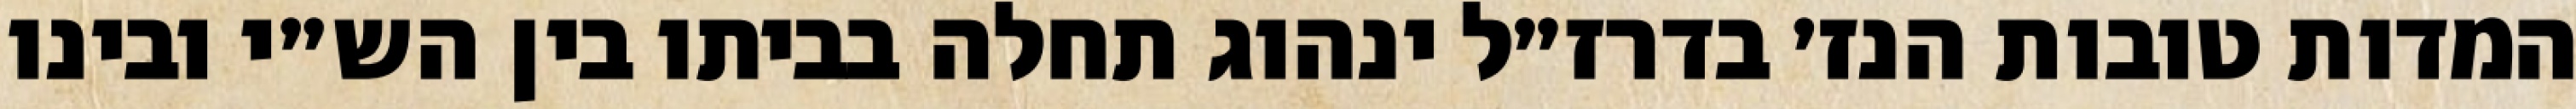
המדות טובות הנז׳ בדרז״ל ינהוג תחלה בביתו בין הש״י ובינו